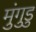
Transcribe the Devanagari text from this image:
मुंगुडु